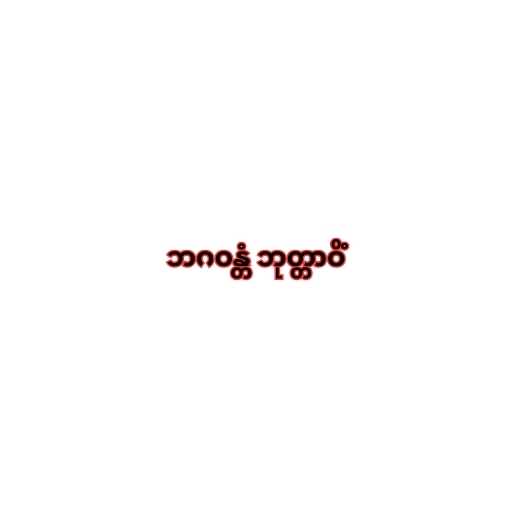
ဘဂဝန္တံ ဘုတ္တာဝိံ